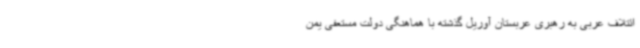
ائتلاف عربی به رهبری عربستان آوریل گذشته با هماهنگی دولت مستعفی یمن